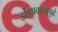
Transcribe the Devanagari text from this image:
झंझावातापुढे